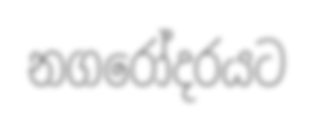
නගරෝදරයට